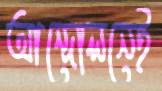
আন্দোলনেই